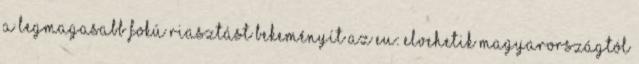
a legmagasabb fokú riasztást Bekeményít az EU: elvehetik Magyarországtól